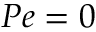
P e = 0